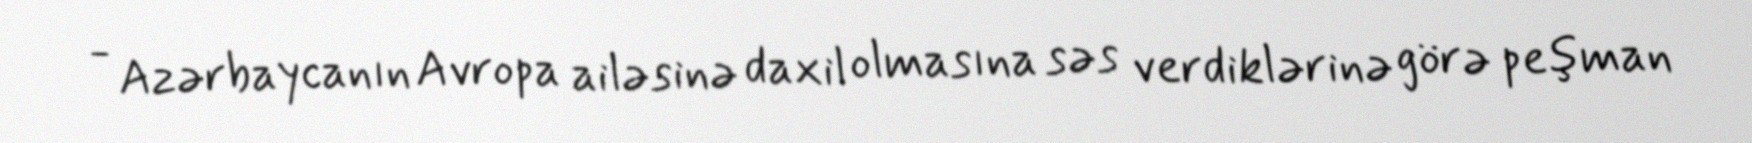
- Azərbaycanın Avropa ailəsinə daxil olmasına səs verdiklərinə görə peşman